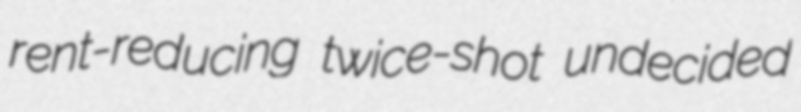
rent-reducing twice-shot undecided